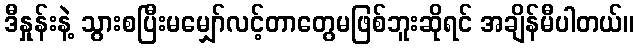
ဒီနှုန်းနဲ့ သွားစပြီးမမျှော်လင့်တာတွေမဖြစ်ဘူးဆိုရင် အချိန်မီပါတယ်။